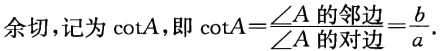
余切，记为\(\cot A\)，即\(\cot A = \frac{\angle A \text{的邻边}}{\angle A \text{的对边}}=\frac{b}{a}\)。